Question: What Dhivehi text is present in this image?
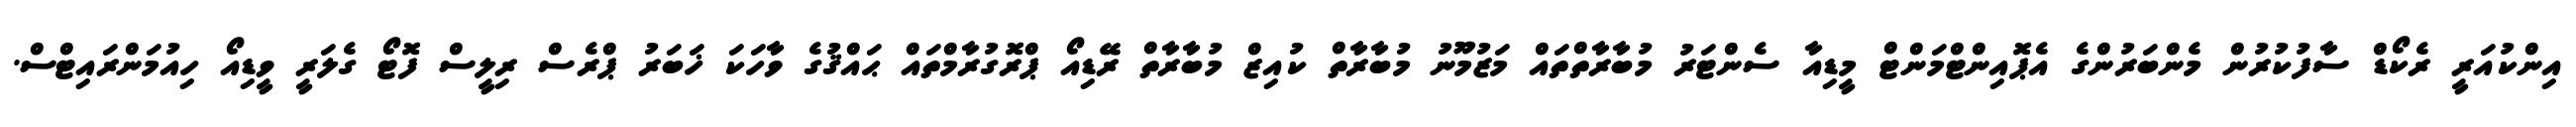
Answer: އިންކުއަރީ ރެކޯޑް ސާފުކުރުން މެންބަރުންގެ އެޕޮއިންޓްމަންޓް މީޑިއާ ސެންޓަރު މުބާރާތްތައް މަޒުމޫނު މުބާރާތް ކުއިޒް މުބާރާތް ރޭޑިއޯ ޕްރޮގުރާމްތައް ޙައްޤުގެ ވާހަކަ ޚަބަރު ޕްރެސް ރިލީސް ފޮޓޯ ގެލަރީ ވީޑިއޯ ހިއުމަންރައިޓްސް.